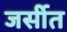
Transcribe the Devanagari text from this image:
जर्सीत